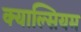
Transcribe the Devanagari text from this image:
क्याल्सियम